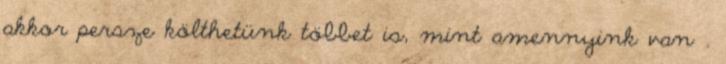
akkor persze költhetünk többet is, mint amennyink van .